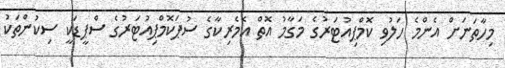
މިހާތަނަށް އެންމެ ހަލުވި ކޮމްޕިއުޓަރުގެ މަގާމު އޮތް އެމެރިކާގެ ސުޕަކޮމްޕިއުޓަރުގެ ސްޕީޑަކީ ސިކުންތަކު